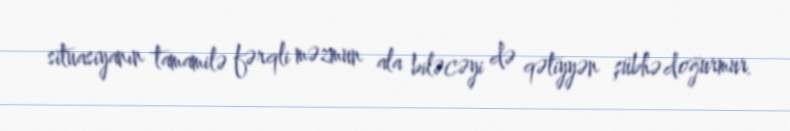
situasiyanın tamamilə fərqli məzmun ala biləcəyi də qətiyyən şübhə doğurmur.